Lunatic asylums Central Provinces reports 1886-1894 - 1886-1894
Year: 1886
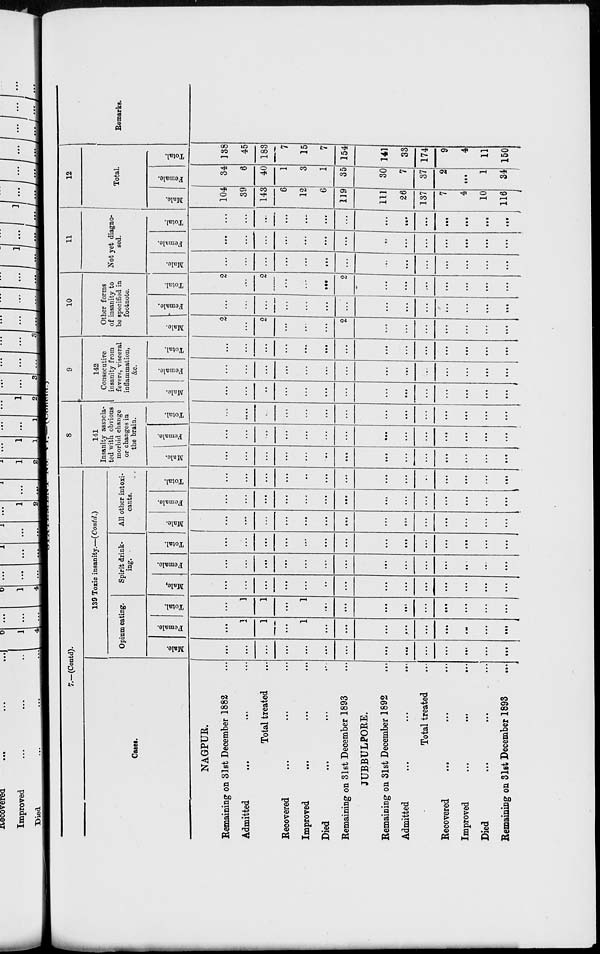
STATEMENT No VI:—(Concld.)
7.—(Contd).
Cases.
NAGPUR.
Remaining on 31st December 1882 ...
Admitted
...
...
...
Total treated ...
Recovered ... ... ...
Improved
...
...
...
Died ... ... ...
Remaining on 3lst December 1893 ...
JUBBULPORE.
Remaining on 31st December 1892 ...
Admitted ... ... ...
Total treated ... ... ...
Recovered ... ... ...
Improved
...
...
...
Died ... ... ...
Remaining on 31st December 1893 ...
139 Toxic insanity.—(Contd.)
Opium eating.
Male.
...
...
...
...
...
...
...
...
...
...
...
...
...
...
Female.
...
1
1
...
1
...
...
...
...
...
...
...
...
...
Total.
...
1
1
...
1
...
...
...
...
...
...
...
...
...
Spirit drink-
ing.
Male.
...
...
...
...
...
...
...
...
...
...
...
...
...
...
Female.
...
...
...
...
...
...
...
...
...
...
...
...
...
...
Total.
...
...
...
...
...
...
...
...
...
...
...
...
...
...
All other intoxi-
cants.
Male.
...
...
...
...
...
...
...
...
...
...
...
...
...
...
Female.
...
...
...
...
...
...
...
...
...
...
...
...
...
...
Total.
...
...
...
...
...
...
...
...
...
...
...
...
...
...
8
141
Insanity associa-
ted with obvious
morbid change
or changes in
the brain.
Male.
...
...
...
...
...
...
...
...
...
...
...
...
...
...
Female.
...
...
...
...
...
...
...
...
...
...
...
...
...
...
Total.
...
...
...
...
...
...
...
...
...
...
...
...
...
...
9
142
Consecutive
insanity from
fevers, visceral
inflammation,
&c.
Male.
...
...
...
...
...
...
...
...
...
...
...
...
...
...
Female.
...
...
...
...
...
...
...
...
...
...
...
...
...
...
Total.
...
...
...
...
...
...
...
...
...
...
...
...
...
...
10
Other forms
of insanity to
be specified in
footnote.
Male.
2
...
2
...
...
...
2
...
...
...
...
...
...
...
Female.
...
...
...
...
...
...
...
...
...
...
...
...
...
...
Total.
2
...
2
...
...
...
2
...
...
...
...
...
...
...
11
Not yet diagno-
sed.
Male.
...
...
...
...
...
...
...
...
...
...
...
...
...
...
Female.
...
...
...
...
...
...
...
...
...
...
...
...
...
...
Total.
...
...
...
...
...
...
...
...
...
...
...
...
...
...
12
Total.
Male.
104
39
143
6
12
6
119
111
26
137
7
4
10
116
Female.
34
6
40
1
3
1
35
30
7
37
2
...
1
34
Total.
138
45
183
7
15
7
154
141
33
174
9
4
11
150
Remarks.